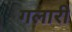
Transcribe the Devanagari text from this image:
गलारी